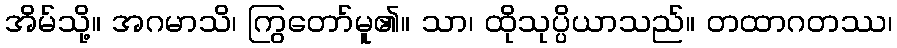
အိမ်သို့။ အဂမာသိ၊ ကြွတော်မူ၏။ သာ၊ ထိုသုပ္ပိယာသည်။ တထာဂတဿ၊